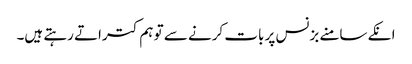
انکے سامنے بزنس پر بات کرنے سے تو ہم کتراتے رہتے ہیں۔